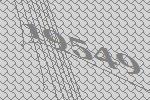
19549